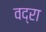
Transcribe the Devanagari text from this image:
वद्रा